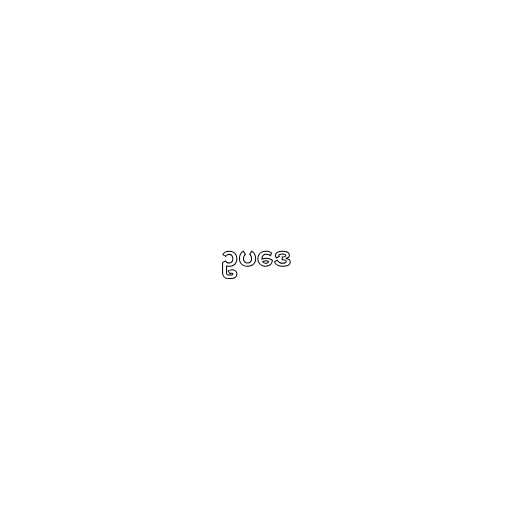
ဥပဒေ